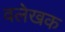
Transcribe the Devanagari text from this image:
वलेखक